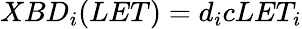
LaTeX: XBD_{i}(LET)=d_{i}cLET_{i}